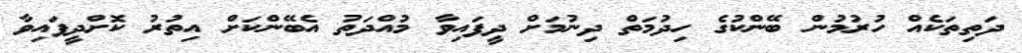
ދަތިތަކެއް ހުރުމުން ބޭންކުގެ ހިދުމަތް ދިނުމަށް ދީފައިވާ މުއްދަތު އެބޭންކަށް އިތުރު ކޮށްދީފައިވާ